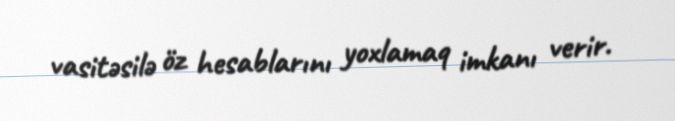
vasitəsilə öz hesablarını yoxlamaq imkanı verir.